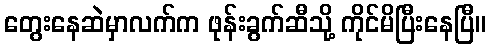
တွေးနေဆဲမှာလက်က ဖုန်းခွက်ဆီသို့ ကိုင်မိပြီးနေပြီ။